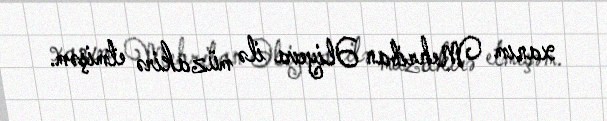
xanım Mehriban Əliyeva ilə müzakirə etmişəm.